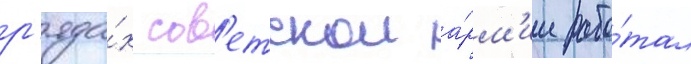
р'яда́х сов'етскои а́рм'ии рабо́тал